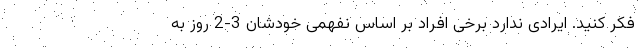
فکر کنید. ‌ایرادی ندارد برخی افراد بر اساس نفهمی خودشان 3-2 روز به